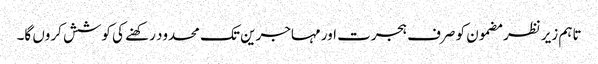
تاہم زیر نظر مضمون کو صرف ہجرت اور مہاجرین تک محدود رکھنے کی کوشش کروں گا۔